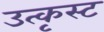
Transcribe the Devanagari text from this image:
उत्कृस्ट